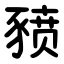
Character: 豮